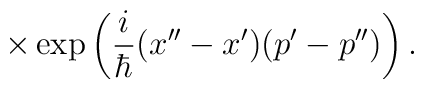
\times  \exp \left({i\over \hbar} (x''-x')(p'-p'') \right) .